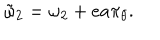
LaTeX: \tilde { \omega } _ { 2 } = \omega _ { 2 } + e a \pi _ { \theta } .